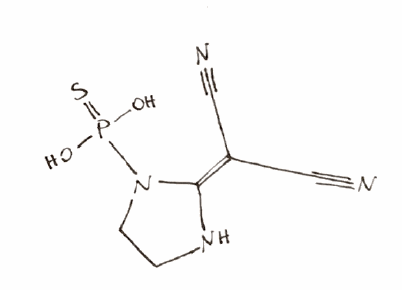
Simplified molecular-input line-entry system (SMILES) notation of the given molecule:
C1CN(C(=C(C#N)C#N)N1)P(=S)(O)O